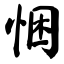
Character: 悃